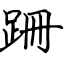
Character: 跚